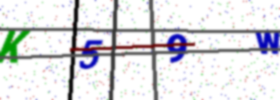
Text: K59W